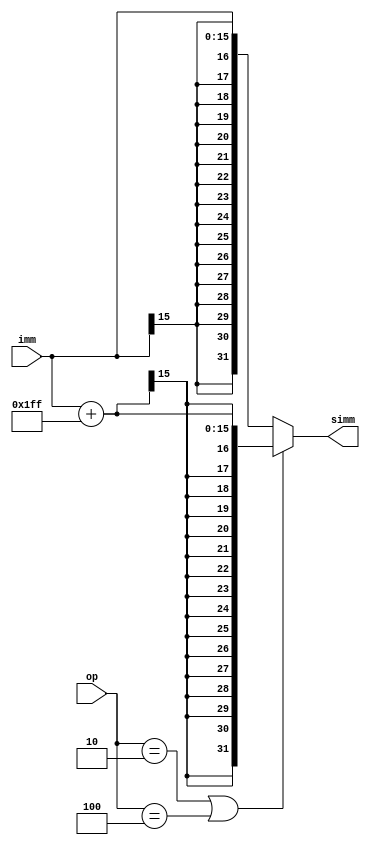
`timescale 1ns / 1ps
//////////////////////////////////////////////////////////////////////////////////
// Company: 
// Engineer: 
// 
// Design Name: 
// Module Name: SE
// Project Name: 
// Target Devices: 
// Tool Versions: 
// Description: 
// 
// Dependencies: 
// 
// Revision:
// Revision 0.01 - File Created
// Additional Comments:
// 
//////////////////////////////////////////////////////////////////////////////////


module SE( imm, simm, op);
input [5:0] op;
input  [15:0] imm;
output reg [31:0] simm;
reg [15:0] imm2;
always@(*) begin
if(op == 6'b000010 || op == 6'b000100) begin
imm2 = imm + 511;
simm = {{16{imm2[15]}}, imm2};
end
else
simm <= {{16{imm[15]}}, imm};
end

endmodule